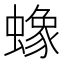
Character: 蟓